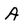
Character: A